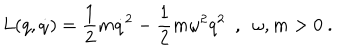
L ( q , \dot { q } ) = \frac { 1 } { 2 } m \dot { q } ^ { 2 } - \frac { 1 } { 2 } m \omega ^ { 2 } q ^ { 2 } \ \ , \ \ \omega , m > 0 \ .